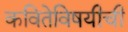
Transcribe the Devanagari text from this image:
कवितेविषयीची